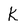
Character: K